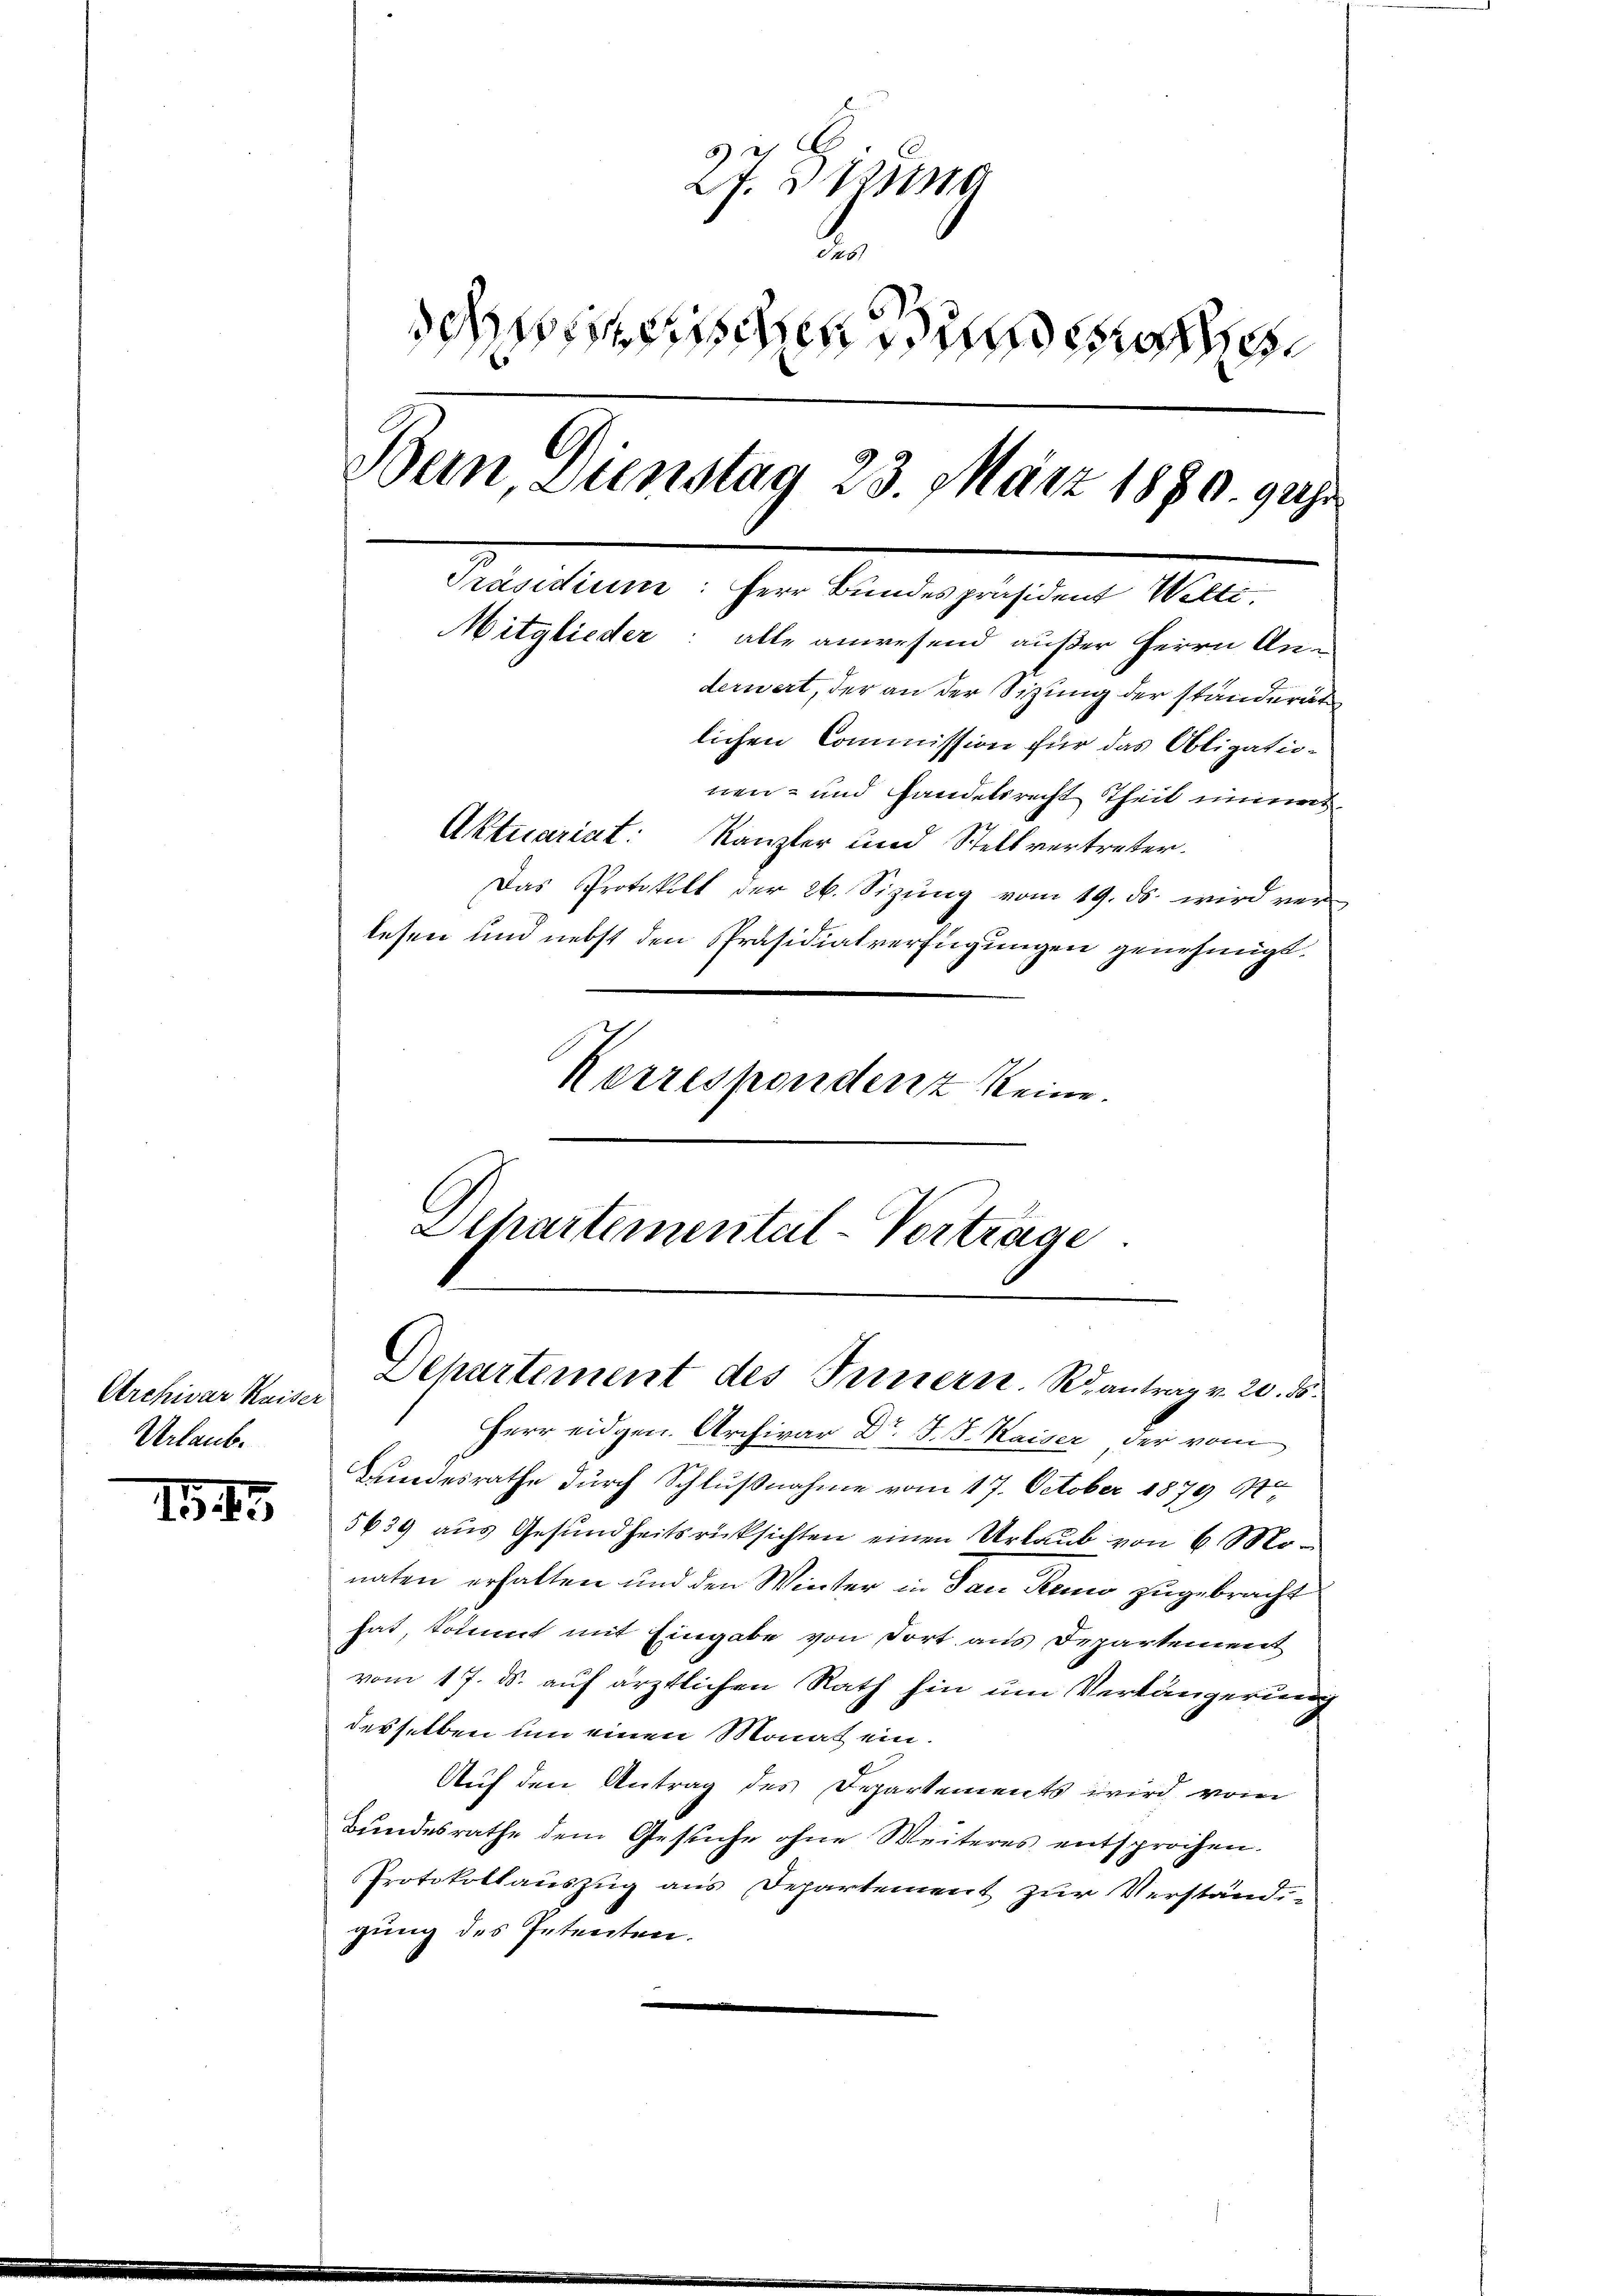
Archivar Kaiser
Urlaub.

1. 45

.
L. 3 Ring
.
disen und es
Bein Dienstag 23. März 1890. 9 uhr
Präsidium: Herr Bundespräsident Welte,
Mitglieder: alle anwesend außer Herrn Anderwert, der an der Sitzung der ständerat
lichen Commission für das Obligationen- und Handelsrecht Theil eininger
Aktuariat: Kanzler und Stellvertreter.
Das Protokoll der 26. Sizŭng vom 19. ds. wird ver
lesen und nebst den Präsidialverfügungen genehmigt.
Korrespondenz keine.

Herr eidgen. Archivar Dr. J. J. Kaiser, der vom
Bundesrathe durch Schlußnahme vom 17. October 1879 St
5639 aus Gesundheitsrücksichten einen Urlaub von 6 Monaten erhalten und den Winter in dan Reno zugebracht
hat, kommt mit Eingabe von dort aus Departement
vom 17. ds. auf ärztlichen Rath hin um Verlängerung
desselben um einen Monat ein.
Auf den Antrag des Departements wird vom
Bundesrathe dem Gesuche ohne Weiteres entsprochen.
Protokollauszug aus Departement zur Verständi-
gung des Petenten.

Schartemental-Verträge
Departement des Innern Rantrag v. 20. ds.